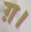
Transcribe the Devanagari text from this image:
ग़।